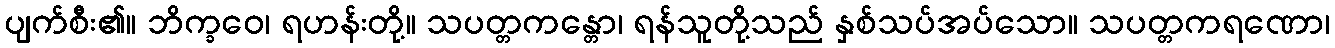
ပျက်စီး၏။ ဘိက္ခဝေ၊ ရဟန်းတို့။ သပတ္တကန္တော၊ ရန်သူတို့သည် နှစ်သပ်အပ်သော။ သပတ္တကရဏော၊